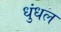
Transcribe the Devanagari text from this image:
धुंधल